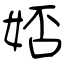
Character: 娝